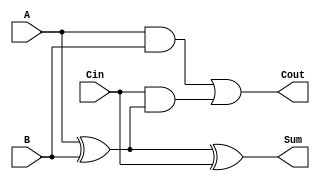
module full_adder (
    input wire A,      // First input bit
    input wire B,      // Second input bit
    input wire Cin,    // Carry-in bit
    output wire Sum,   // Sum output
    output wire Cout   // Carry-out output
);

// Internal signals
wire A_xor_B;

// Compute Sum using XOR gates
assign A_xor_B = A ^ B;      // A XOR B
assign Sum = A_xor_B ^ Cin;  // (A XOR B) XOR Cin

// Compute Cout using AND and OR gates
assign Cout = (A & B) | (Cin & A_xor_B); // (A AND B) OR (Cin AND (A XOR B))

endmodule